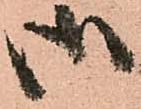
御